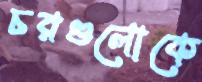
চরগুলোকে